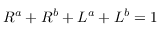
R ^ { a } + R ^ { b } + L ^ { a } + L ^ { b } = 1